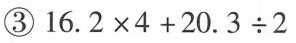
③ $$1 6 . 2 \times 4 + 2 0 . 3 \cdot 2$$